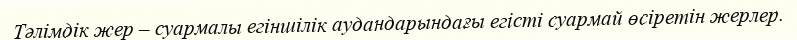
Тәлімдік жер – суармалы егіншілік аудандарындағы егісті суармай өсіретін жерлер.